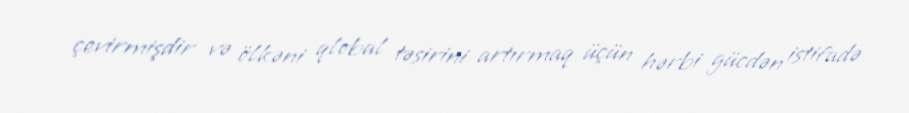
çevirmişdir və ölkəni qlobal təsirini artırmaq üçün hərbi gücdən istifadə